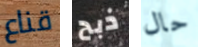
قناع ذبح حال